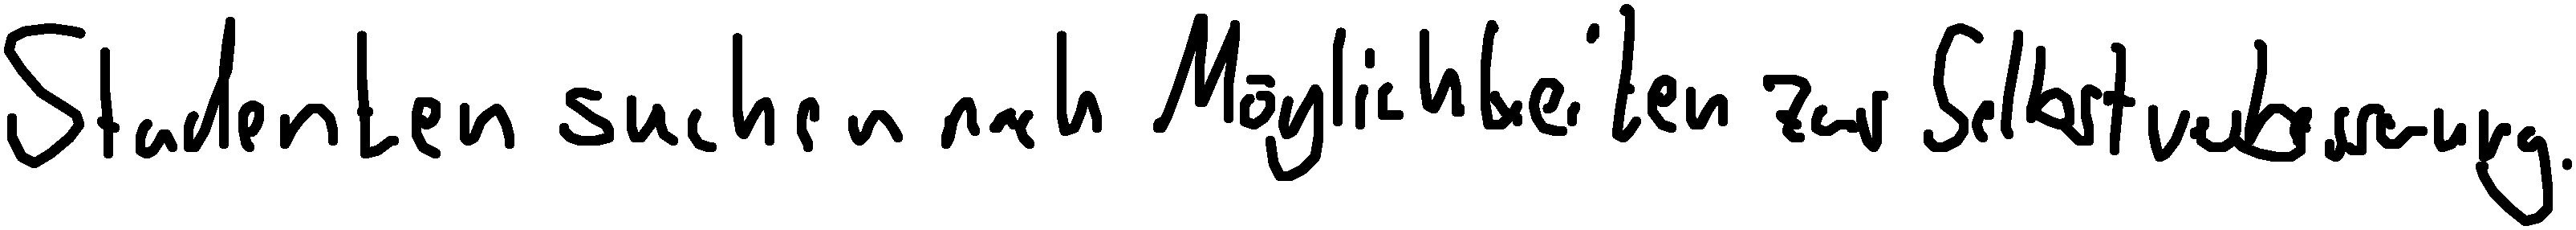
Studenten suchen nach Möglichkeiten zur Selbstverbesserung.